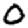
Digit: 0